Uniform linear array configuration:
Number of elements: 4
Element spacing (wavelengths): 1
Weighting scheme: hamming
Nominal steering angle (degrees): -15
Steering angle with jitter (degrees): -16.181
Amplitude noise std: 0.05
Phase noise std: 0.05

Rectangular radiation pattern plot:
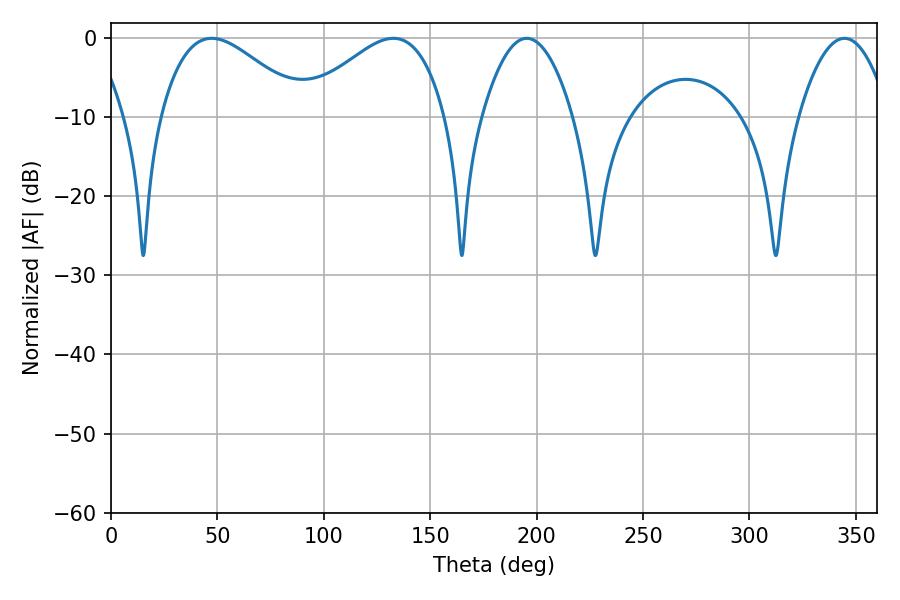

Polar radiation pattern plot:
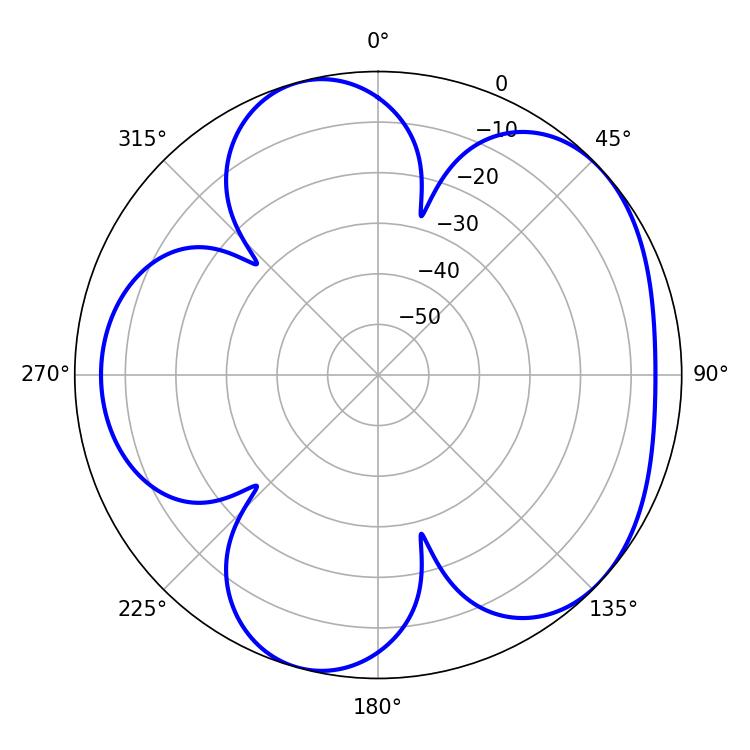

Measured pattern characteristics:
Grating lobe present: TRUE
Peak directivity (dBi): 5.012
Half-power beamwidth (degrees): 36.36
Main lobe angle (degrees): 47.34